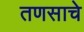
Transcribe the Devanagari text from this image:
तणसाचे